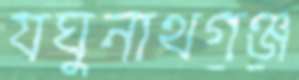
যঘুনাথগঞ্জ